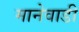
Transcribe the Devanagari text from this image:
मानेवाडी